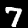
Digit: 7